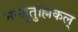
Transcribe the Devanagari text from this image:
मन्जुतुल्लिकल्